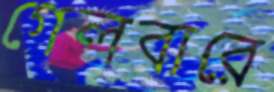
গেলবারে